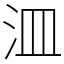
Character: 㳑